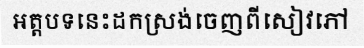
អត្តបទនេះដកស្រង់ចេញពីសៀវភៅ